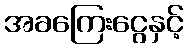
အခကြေးငွေနှင့်